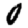
Digit: 0